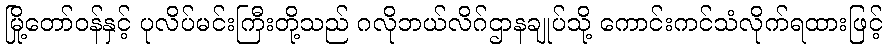
မြို့တော်ဝန်နှင့် ပုလိပ်မင်းကြီးတို့သည် ဂလိုဘယ်လိဂ်ဌာနချုပ်သို့ ကောင်းကင်သံလိုက်ရထားဖြင့်